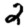
Digit: 2